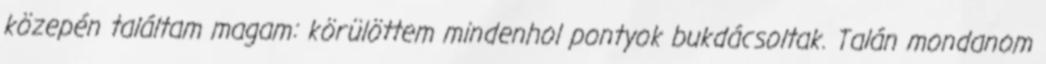
közepén találtam magam: körülöttem mindenhol pontyok bukdácsoltak. Talán mondanom